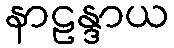
နာဠန္ဒာယ